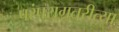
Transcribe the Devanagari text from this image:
परंपरागतरीत्या